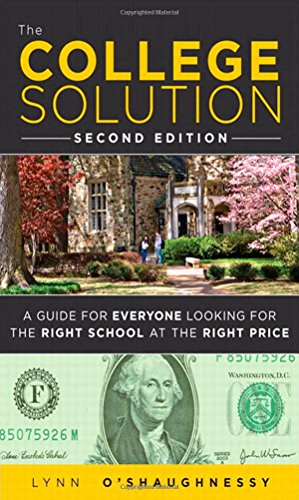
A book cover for The College Solution: A Guide for Everyone Looking for the Right School at the Right Price (2nd Edition); Lynn O'Shaughnessy; Education & Teaching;